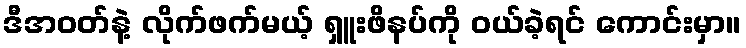
ဒီအဝတ်နဲ့ လိုက်ဖက်မယ့် ရှူးဖိနပ်ကို ဝယ်ခဲ့ရင် ကောင်းမှာ။